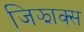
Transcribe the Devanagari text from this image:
जिझाक्स